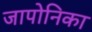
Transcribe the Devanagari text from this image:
जापोनिका